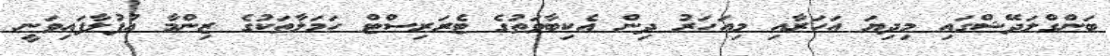
ބަންގްލަދޭޝްގައި މިދިޔަ އަހަރާއި މިއަހަރު ދިން އެކިބާވަތުގެ ޓެރަރިސްޓް ހަމަލާތަކުގެ ޒިންމާ އުފުލާފައިވަނީ